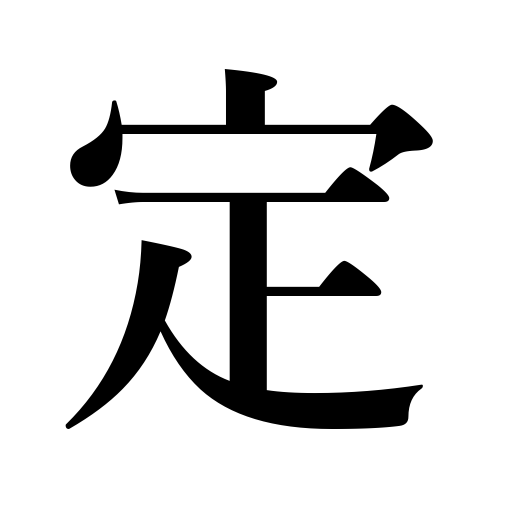
Meanings: stipulate,sure,sound,set a date,competent,determine,deciding,positive,if I remember right,accurate,firm,sober,sane,lay down,I think,establish,evident,clear,quiet down,decide,reliable,pacify,genuine,be settled,able,be decided,appoint